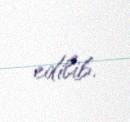
edilib.